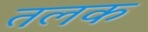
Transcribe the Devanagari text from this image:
तलक